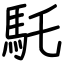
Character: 馲